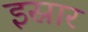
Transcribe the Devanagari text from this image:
इस्रार